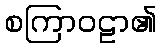
စကြာဝဠာ၏